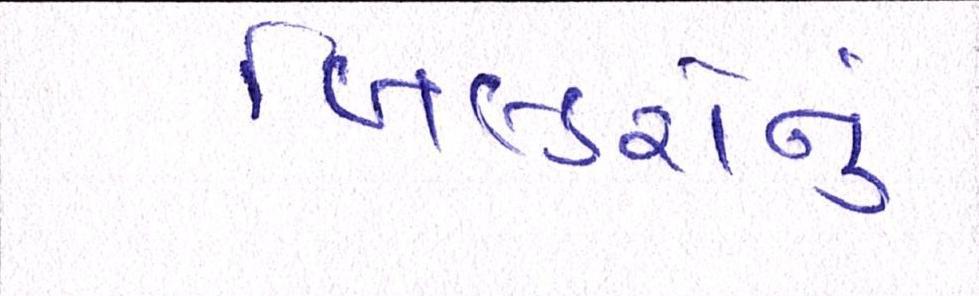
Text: બિલ્ડરોનું